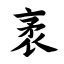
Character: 袤